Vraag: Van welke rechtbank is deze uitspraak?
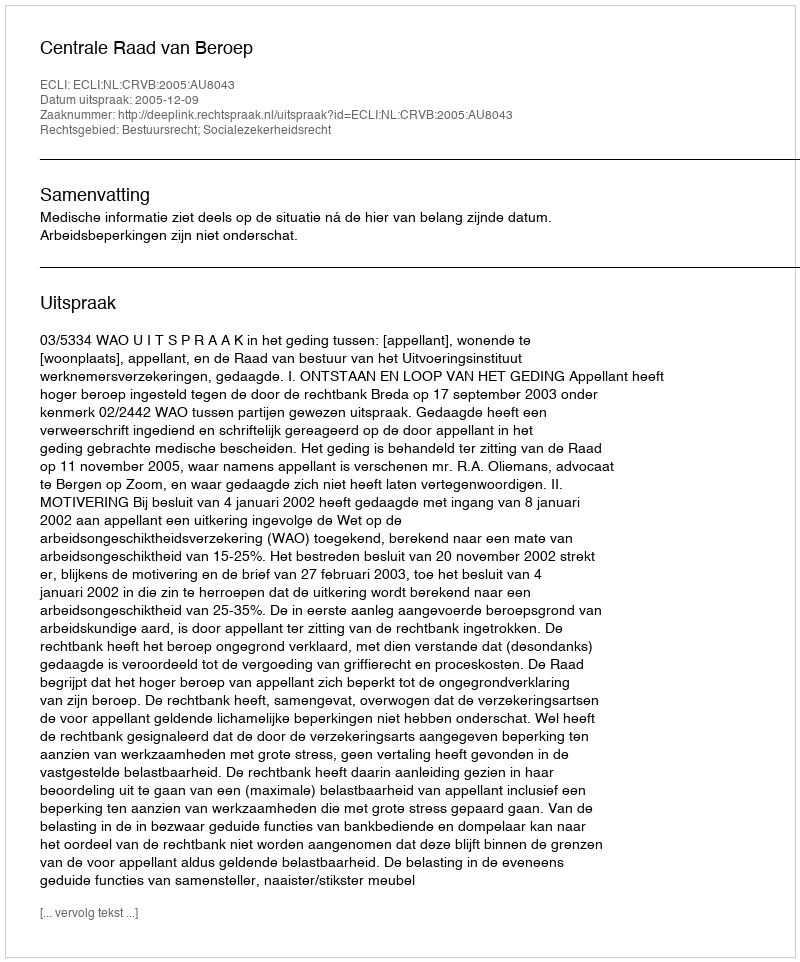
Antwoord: Centrale Raad van Beroep